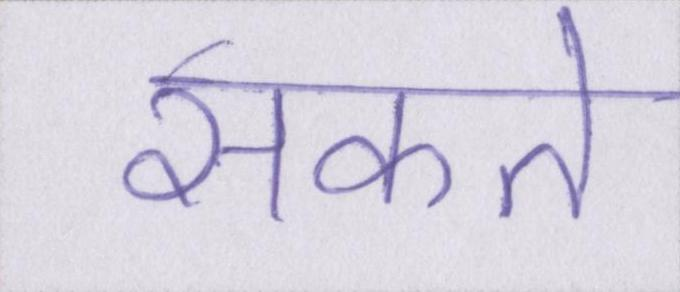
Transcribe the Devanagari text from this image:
सकते